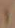
ا